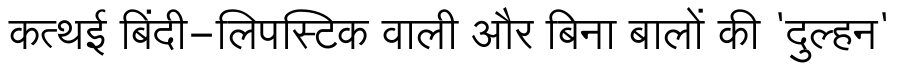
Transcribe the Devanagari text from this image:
कत्थई बिंदी-लिपस्टिक वाली और बिना बालों की 'दुल्हन'